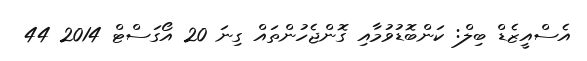
އެސްއީޒެޑް ބިލް: ކަންބޮޑުވުމާއި ގޮންޖެހުންތައް ގިނަ 20 އޯގަސްޓް 2014 44